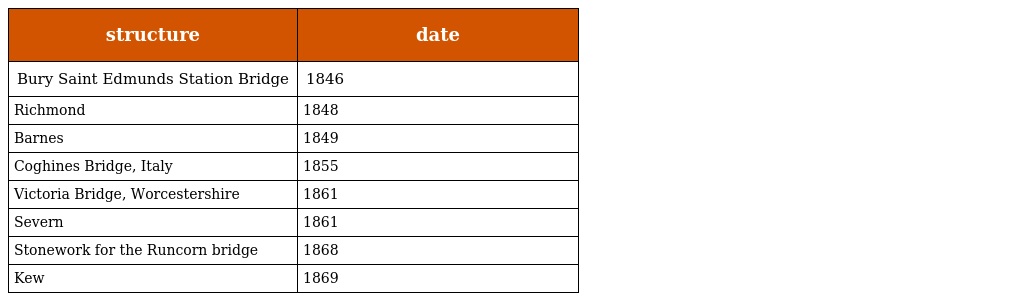
| structure | date |
 | --- | --- |
 | Bury Saint Edmunds Station Bridge | 1846 |
 | Richmond | 1848 |
 | Barnes | 1849 |
 | Coghines Bridge, Italy | 1855 |
 | Victoria Bridge, Worcestershire | 1861 |
 | Severn | 1861 |
 | Stonework for the Runcorn bridge | 1868 |
 | Kew | 1869 |